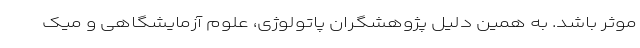
موثر باشد. به همین دلیل پژوهشگران پاتولوژی، علوم آزمایشگاهی و میک